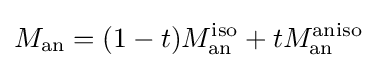
M_{\text{an}}=(1-t)M_{\text{an}}^{\text{iso}}+tM_{\text{an}}^{\text{aniso}}